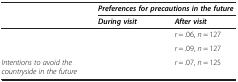
<table><thead><tr><td rowspan="2">[EMPTY_CELL]</td><td colspan="2"><b><i>Preferences for precautions in the future</i></b></td></tr><tr><td><b><i>During visit</i></b></td><td><b><i>After visit</i></b></td></tr></thead><tbody><tr><td>[EMPTY_CELL]</td><td>[EMPTY_CELL]</td><td><i>r</i> = .06, <i>n</i> = 127</td></tr><tr><td>[EMPTY_CELL]</td><td>[EMPTY_CELL]</td><td><i>r</i> = .09, <i>n</i> = 127</td></tr><tr><td><i>Intentions to avoid the countryside in the future</i></td><td>[EMPTY_CELL]</td><td><i>r</i> = .07, <i>n</i> = 125</td></tr></tbody></table>